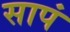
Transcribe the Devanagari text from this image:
सापं